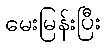
မေးမြန်းပြီး